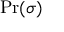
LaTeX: \Pr ( \sigma )